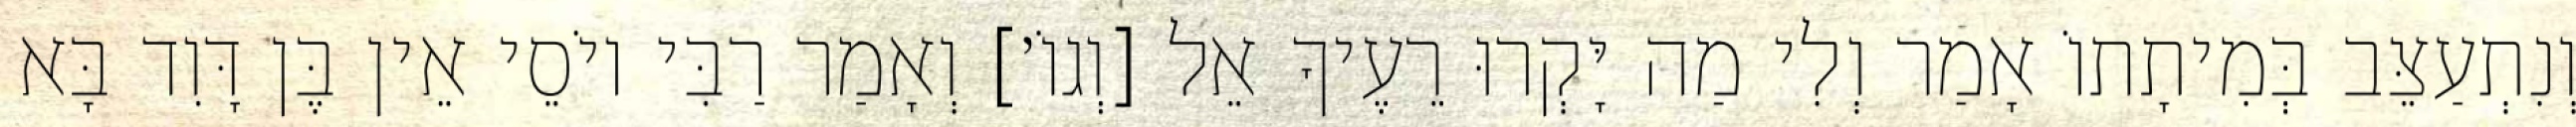
וְנִתְעַצֵּב בְּמִיתָתוֹ אָמַר וְלִי מַה יָּקְרוּ רֵעֶיךָ אֵל [וְגוֹ׳] וְאָמַר רַבִּי יוֹסֵי אֵין בֶּן דָּוִד בָּא